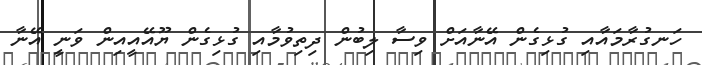
ހަނގުރާމައާއި ގުޅިގެން އޭނާއަށް ވިސާ ލިބުން ދިތިވުމާއި ގުޅިގެން ޔޫއޭއީއިން ވަނީ އޭނާ